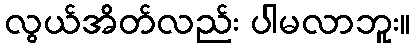
လွယ်အိတ်လည်း ပါမလာဘူး။